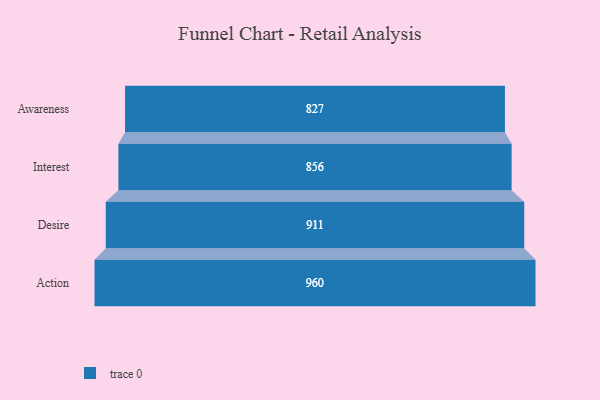
{"axis": {"x": "Stage", "y": "Value"}, "legend": [""], "data": [{"x": "Awareness", "y": 827.0, "type": ""}, {"x": "Interest", "y": 856.0, "type": ""}, {"x": "Desire", "y": 911.0, "type": ""}, {"x": "Action", "y": 960.0, "type": ""}]}